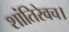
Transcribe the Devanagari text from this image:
शांतिरेवच।